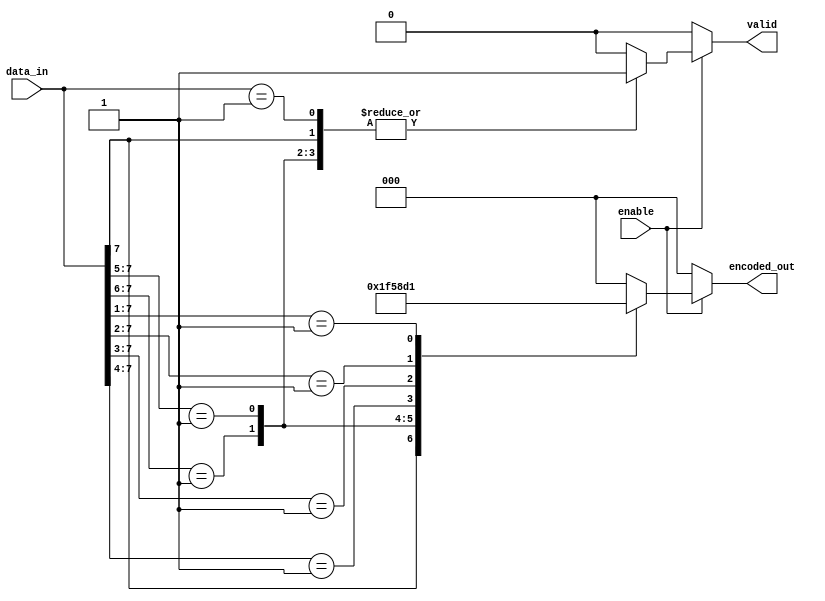
module multilevel_encoder (
    input wire [7:0] data_in,   // 8 input lines
    input wire enable,           // Enable signal
    output reg [2:0] encoded_out, // 3 output lines for binary encoding
    output reg valid             // Valid output signal
);

// Priority Encoder Logic
always @(*) begin
    if (enable) begin
        // Default output
        encoded_out = 3'b000;
        valid = 1'b0;

        // Priority encoding (highest bit has the highest priority)
        casez (data_in)
            8'b1??????? : begin encoded_out = 3'b111; valid = 1'b1; end // Input 7
            8'b01?????? : begin encoded_out = 3'b110; valid = 1'b1; end // Input 6
            8'b001????? : begin encoded_out = 3'b101; valid = 1'b1; end // Input 5
            8'b0001???? : begin encoded_out = 3'b100; valid = 1'b1; end // Input 4
            8'b00001??? : begin encoded_out = 3'b011; valid = 1'b1; end // Input 3
            8'b000001?? : begin encoded_out = 3'b010; valid = 1'b1; end // Input 2
            8'b0000001? : begin encoded_out = 3'b001; valid = 1'b1; end // Input 1
            8'b00000001: begin encoded_out = 3'b000; valid = 1'b1; end // Input 0
            default: begin encoded_out = 3'b000; valid = 1'b0; end // No valid input
        endcase
    end
    else begin
        // When not enabled, outputs are invalid
        encoded_out = 3'b000; // or any defined state
        valid = 1'b0;
    end
end

endmodule